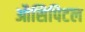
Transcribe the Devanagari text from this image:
औसिपिटल